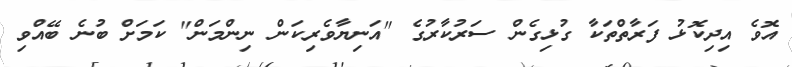
އޮވެ އިދިކޮޅު ފަރާތްތަކާ ގުޅިގެން ސަރުކާރުގެ "އަނިޔާވެރިކަން ނިންމަން" ކަމަށް ބުނެ ބޭއްވި